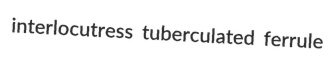
interlocutress tuberculated ferrule